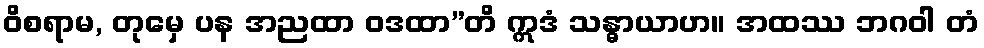
ဝိစရာမ, တုမှေ ပန အညထာ ဝဒထာ”တိ ဣဒံ သန္ဓာယာဟ။ အထဿ ဘဂဝါ တံ